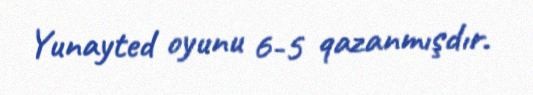
Yunayted oyunu 6-5 qazanmışdır.